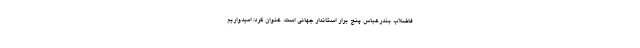
فاضلاب بندرعباس پنج برار استاندار جهانی است، عنوان کرد: امیدواریم